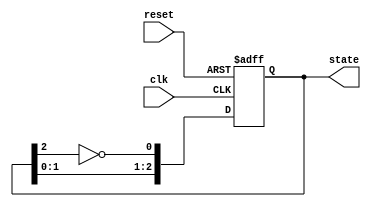
module johnson_counter (
    input wire clk,            // Clock input
    input wire reset,          // Asynchronous reset
    output reg [2:0] state     // 3-bit state output
);

// State transition logic for a 3-bit Johnson counter
always @(posedge clk or posedge reset) begin
    if (reset) begin
        // Asynchronous reset to initial state (000)
        state <= 3'b000;
    end else begin
        // Shift left and feed back the inverted last flip-flop output
        state <= {state[1:0], ~state[2]};
    end
end

endmodule